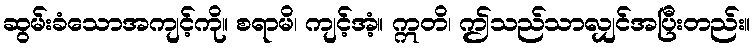
ဆွမ်းခံသောအကျင့်ကို။ စရာမိ၊ ကျင့်အံ့။ ဣတိ၊ ဤသည်သာလျှင်အပြီးတည်း။